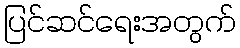
ပြင်ဆင်ရေးအတွက်